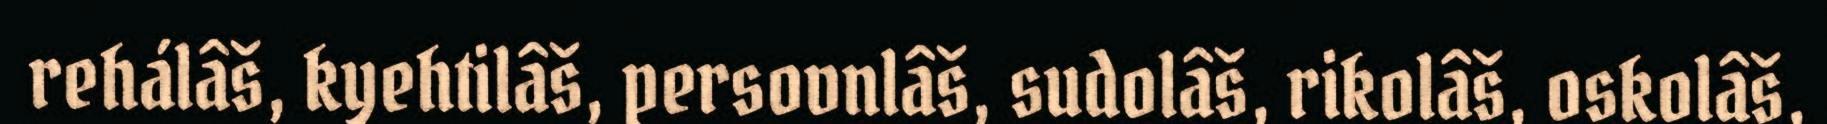
rehálâš, kyehtilâš, persovnlâš, sudolâš, rikolâš, oskolâš,